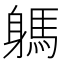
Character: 𨉸